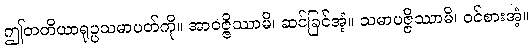
ဤတတိယာရုပ္ပသမာပတ်ကို။ အာဝဇ္ဇိဿာမိ၊ ဆင်ခြင်အံ့။ သမာပဇ္ဇိဿာမိ၊ ဝင်စားအံ့။